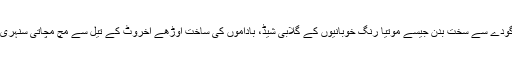
رس بھرے عنابی گودے سے سخت بدن جیسے موتیا رنگ خوبانیوں کے گلابی شیڈ، باداموں کی ساخت اوڑھے اخروٹ کے تیل سے مچ مچاتی سنہری موتی چور آنکھیں۔